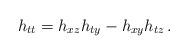
LaTeX: \begin{align*}h_{tt} = h_{xz} h_{ty} - h_{xy} h_{tz}\,. \end{align*}